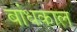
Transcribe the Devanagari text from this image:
बांधकाल